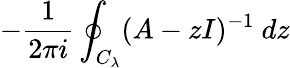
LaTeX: -{\frac{1}{2\pi i}}\oint_{C_{\lambda}}(A-zI)^{-1}~dz